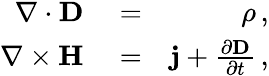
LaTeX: \begin{array}{rlr}{\nabla\cdot{\mathbf D}}&{{}=}&{\rho\, ,}\\ {\nabla\times{\mathbf H}}&{{}=}&{{\mathbf j}+\frac{\partial{\mathbf D}}{\partial t}\, ,}\end{array}